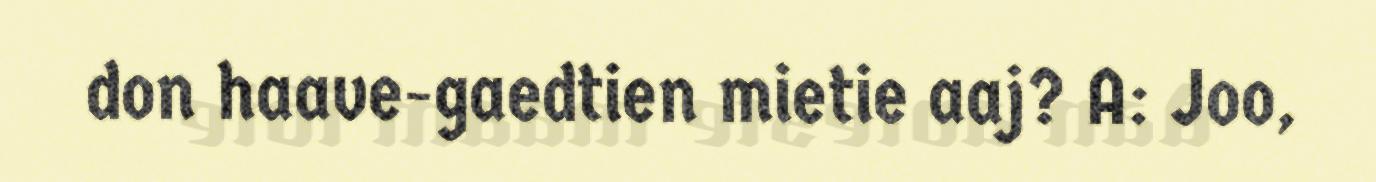
don haave-gaedtien mietie aaj? A: Joo,